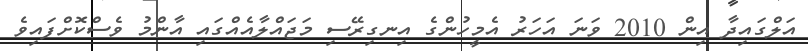
އަލްގައިދާ އިން 2010 ވަނަ އަހަރު އެމީހުންގެ އިނގިރޭސި މަޖައްލާއެއްގައި އާންމު ވެސްކޮށްފައިވެ